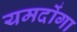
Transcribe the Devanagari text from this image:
यमदोंगा